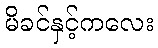
မိခင်နှင့်ကလေး